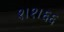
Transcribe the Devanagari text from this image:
१।१।६६